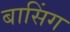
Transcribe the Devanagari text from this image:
बासिंग